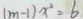
( m - 1 ) x ^ { 2 } = 6